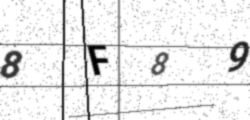
Text: 8F89